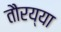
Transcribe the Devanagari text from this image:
तौरय्या